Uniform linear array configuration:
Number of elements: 48
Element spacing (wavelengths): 0.5
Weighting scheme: cosine
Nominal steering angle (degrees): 15
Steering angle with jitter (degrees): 14.363
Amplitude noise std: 0.05
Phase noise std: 0.05

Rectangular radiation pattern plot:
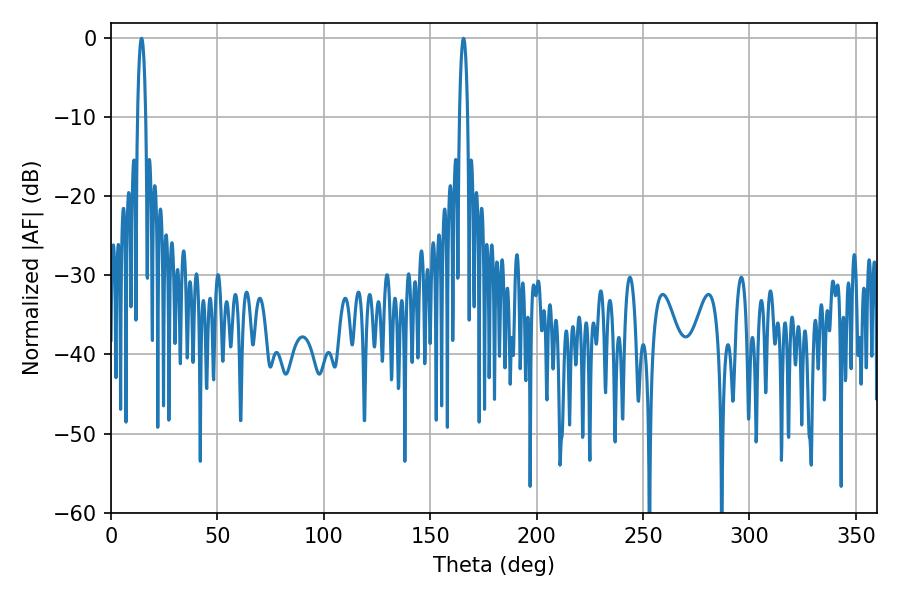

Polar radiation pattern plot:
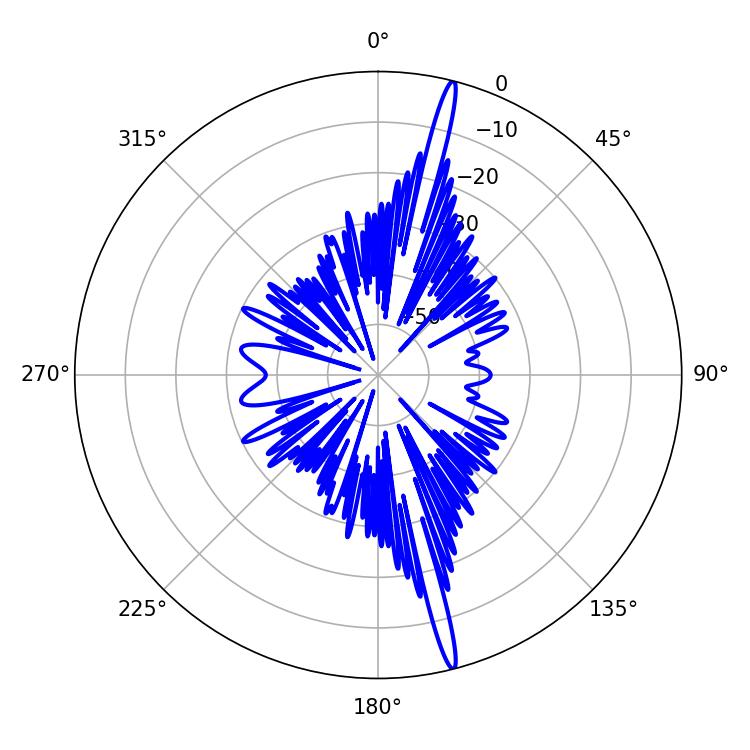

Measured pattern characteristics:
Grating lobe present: FALSE
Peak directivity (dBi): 19.706
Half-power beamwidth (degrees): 2.16
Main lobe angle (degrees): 14.4